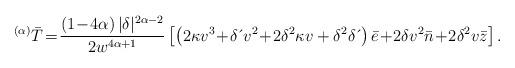
LaTeX: \begin{align*}^{\left( \alpha \right) }\bar{T}\!=\! \frac{\left( 1\!-\!4\alpha \right)|\delta|^{2\alpha-2}}{2w^{4\alpha+1}}\left[ \left( 2\kappa v^{3}\!+\!\delta \,\acute{}\,v^{2}\!+\!2\delta^{2}\kappa v+\delta^{2}\delta \,\acute{}\, \right) \bar{e}\!+\!2\delta v^{2}\bar{n}\!+\!2\delta^{2}v\bar{z}\right] .\end{align*}